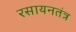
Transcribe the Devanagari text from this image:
रसायनतंत्र